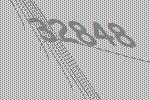
32848